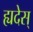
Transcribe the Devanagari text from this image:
ह्यदेस्